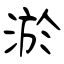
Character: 淤